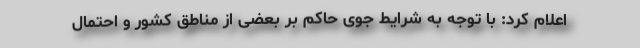
اعلام کرد: با توجه به شرایط جوی حاکم بر بعضی از مناطق کشور و احتمال